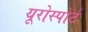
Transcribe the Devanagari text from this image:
यूरोस्पोर्ट